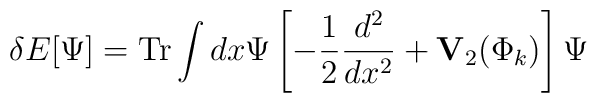
\delta E [\Psi ] = {\rm Tr} \int dx \Psi \left [     - {1\over 2}{{d^2}\over {dx^2}} + {\bf V}_2 (\Phi_k )                                    \right ] \Psi